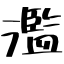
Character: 濫